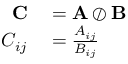
\begin{array} { r l } { \mathbf { C } } & { { } = \mathbf { A } \oslash \mathbf { B } } \\ { C _ { i j } } & { { } = { \frac { A _ { i j } } { B _ { i j } } } } \end{array}